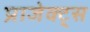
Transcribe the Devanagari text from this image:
प्राजेक्ट्स